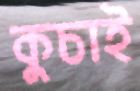
কুচাই